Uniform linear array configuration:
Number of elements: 16
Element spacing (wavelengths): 0.25
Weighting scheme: hamming
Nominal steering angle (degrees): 15
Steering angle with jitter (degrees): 13.527
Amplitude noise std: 0.05
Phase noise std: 0.05

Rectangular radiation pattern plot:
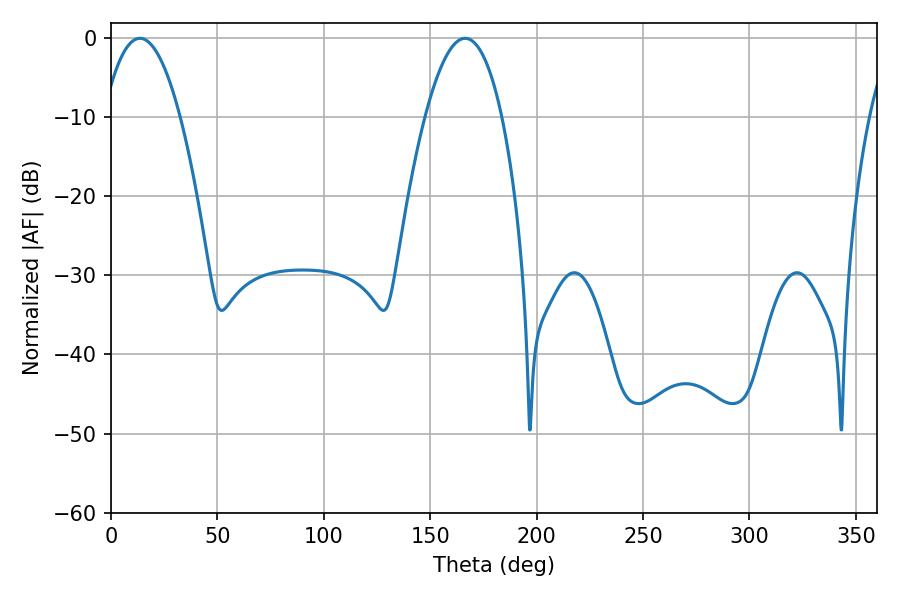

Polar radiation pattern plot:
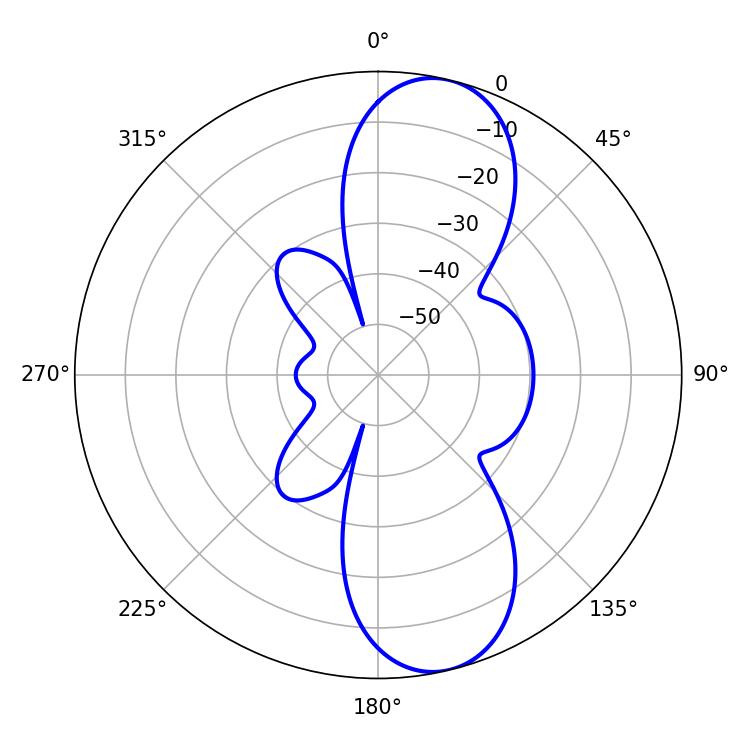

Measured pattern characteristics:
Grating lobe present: FALSE
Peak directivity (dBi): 10.453
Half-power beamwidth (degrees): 19.98
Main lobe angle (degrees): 13.5